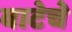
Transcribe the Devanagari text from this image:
वाटेचे